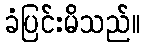
ခံပြင်းမိသည်။